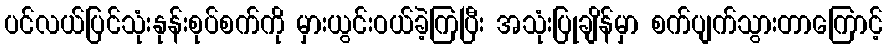
ပင်လယ်ပြင်သုံးနုန်းစုပ်စက်ကို မှားယွင်းဝယ်ခဲ့ကြပြီး အသုံးပြုချိန်မှာ စက်ပျက်သွားတာကြောင့်